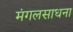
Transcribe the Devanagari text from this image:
मंगलसाधना